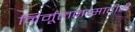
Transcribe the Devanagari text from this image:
निर्मूलनासाठीही